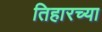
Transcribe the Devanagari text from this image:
तिहारच्या